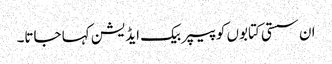
ان سستی کتابوں کو پیپر بیک ایڈیشن کہا جاتا۔